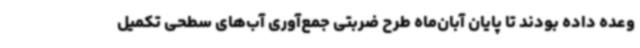
وعده داده بودند تا پایان آبان‌ماه طرح ضربتی جمع‌آوری آب‌های سطحی تکمیل